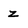
Character: Z